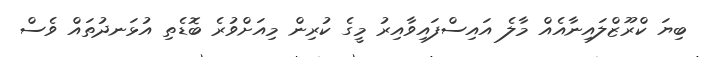
ބިޔަ ކްރޫޒްލައިނާއެއް މާލެ އައިސްފައިވާއިރު މީގެ ކުރިން މިއަށްވުރެ ބޮޑެތި އުޅަނދުތައް ވެސް